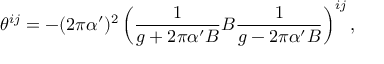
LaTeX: \theta ^ { i j } = - ( 2 \pi \alpha ^ { \prime } ) ^ { 2 } \left( \frac { 1 } { g + 2 \pi \alpha ^ { \prime } B } B \frac { 1 } { g - 2 \pi \alpha ^ { \prime } B } \right) ^ { i j } ,